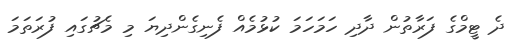
ދެ ޓީމްގެ ފަރާތުން ދާދި ހަމަހަމަ ކުޅުމެއް ފެނިގެންދިޔަ މި މެޗުގައި ފުރަތަމަ